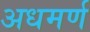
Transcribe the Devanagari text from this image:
अधमर्ण